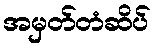
အမှတ်တံဆိပ်